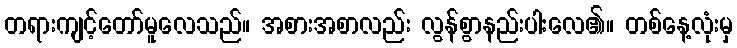
တရားကျင့်တော်မူလေသည်။ အစားအစာလည်း လွန်စွာနည်းပါးလေ၏။ တစ်နေ့လုံးမှ